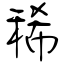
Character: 稀